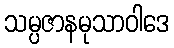
သမ္ပဇာနမုသာဝါဒေ